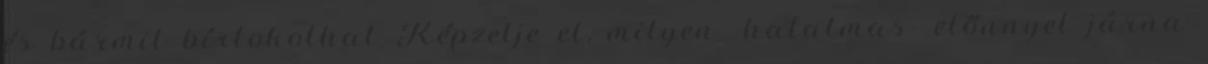
és bármit bírtokolhat Képzelje el, milyen -hatalmas- előnnyel járna